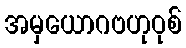
အမှယောဂဗဟုဝုစ်